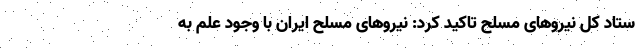
ستاد کل نیروهای مسلح تاکید کرد: نیروهای مسلح ایران با وجود علم به